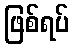
ဖြစ်ရပ်